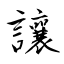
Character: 讓